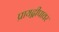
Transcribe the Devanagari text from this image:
प्रायद्वीपावर